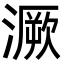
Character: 㵐